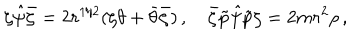
\zeta \hat { \psi } \bar { \zeta } = 2 r ^ { 1 / 2 } ( \zeta \theta + \bar { \theta } \bar { \zeta } ) \, , \quad \bar { \zeta } \tilde { p } \hat { \psi } \tilde { p } \zeta = 2 m r ^ { 2 } \rho \, ,